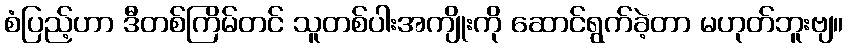
စံပြည့်ဟာ ဒီတစ်ကြိမ်တင် သူတစ်ပါးအကျိုးကို ဆောင်ရွက်ခဲ့တာ မဟုတ်ဘူးဗျ။